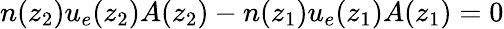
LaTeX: n(z_{2})u_{e}(z_{2})A(z_{2})-n(z_{1})u_{e}(z_{1})A(z_{1})=0